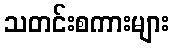
သတင်းစကားများ